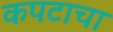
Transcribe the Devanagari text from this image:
कपटाचा